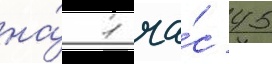
на́ 1 ча́с 45